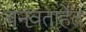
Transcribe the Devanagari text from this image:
बनवताहेत